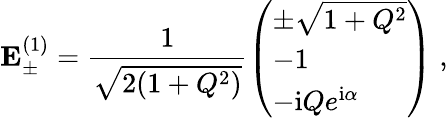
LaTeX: \mathbf{E}_{\pm}^{(1)}=\frac{1}{\sqrt{2(1+Q^{2})}}\left(\begin{array}{l}{\pm\sqrt{1+Q^{2}}}\\ {-1}\\ {-\mathrm{i}Qe^{\mathrm{i}\alpha}}\end{array}\right)\; ,